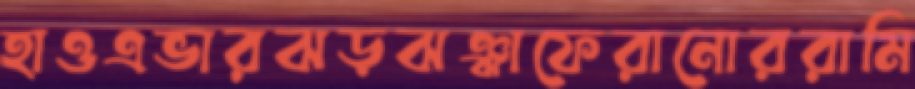
হাওএভারঝড়ঝঞ্ঝাফেরানোররামি